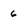
Character: 6